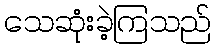
သေဆုံးခဲ့ကြသည်